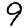
Digit: 9